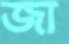
জা